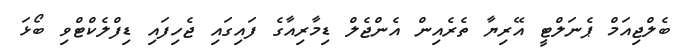
ބެލްޖިއަމް ޕެނަލްޓީ އޭރިޔާ ތެރެއިން އެންޖެލް ޑިމާރިއާގެ ފައިގައި ޖެހިފައި ޑިފްލެކްޓްވި ބޯޅަ